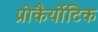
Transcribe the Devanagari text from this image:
प्रोकैर्योटिक